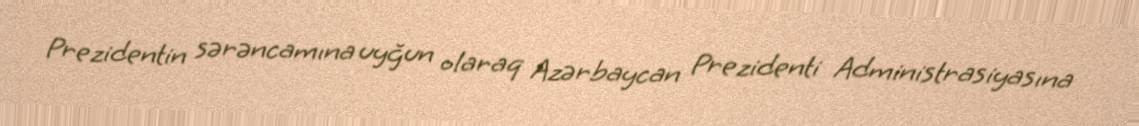
Prezidentin sərəncamına uyğun olaraq Azərbaycan Prezidenti Administrasiyasına